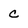
Character: C